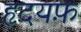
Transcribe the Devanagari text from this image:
हृदयफ़